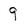
Character: 9